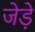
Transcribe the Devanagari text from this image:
जेड़े